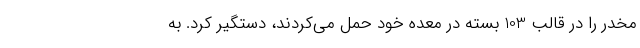
مخدر را در قالب 103 بسته در معده خود حمل می‌کردند، دستگیر کرد. به